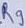
Text: R9